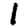
Digit: 1